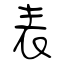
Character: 表